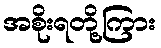
အစိုးရတို့ကြား